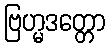
ဗြဟ္မဒတ္တော